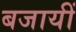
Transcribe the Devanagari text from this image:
बजायीं